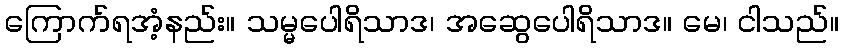
ကြောက်ရအံ့နည်း။ သမ္မပေါရိသာဒ၊ အဆွေပေါရိသာဒ။ မေ၊ ငါသည်။